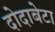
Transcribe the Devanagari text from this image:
दोदाबेटा